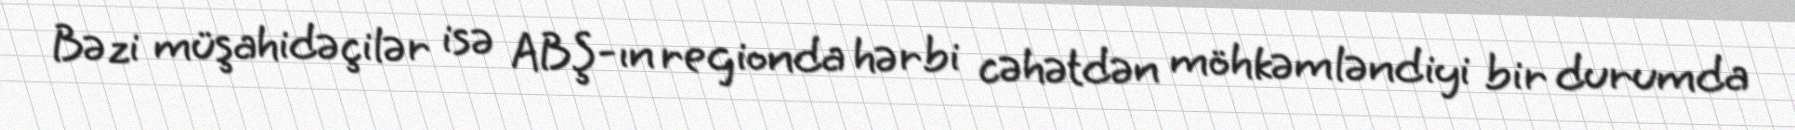
Bəzi müşahidəçilər isə ABŞ-ın regionda hərbi cəhətdən möhkəmləndiyi bir durumda